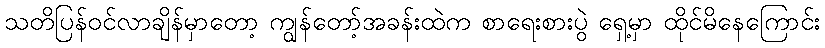
သတိပြန်ဝင်လာချိန်မှာတော့ ကျွန်တော့်အခန်းထဲက စာရေးစားပွဲ ရှေ့မှာ ထိုင်မိနေကြောင်း